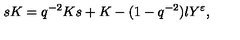
s K = q ^ { - 2 } K s + K - ( 1 - q ^ { - 2 } ) l Y ^ { \varepsilon } ,